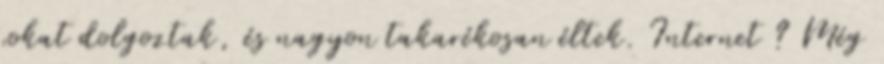
sokat dolgoztak, és nagyon takarékosan éltek. Internet ? Még